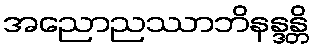
အညောညဿာဘိနန္ဒန္တိ